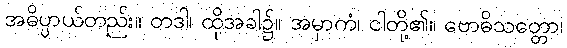
အဓိပ္ပာယ်တည်း။ တဒါ၊ ထိုအခါ၌။ အမှာကံ၊ ငါတို့၏။ ဗောဓိသတ္တော၊